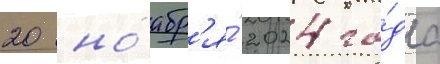
20 ноабр'я́ 2024 го́да